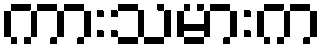
ကားသမားက